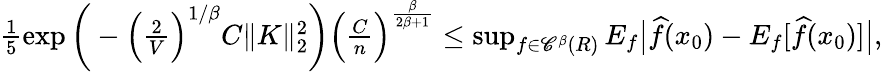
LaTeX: \begin{array}{r}{\frac 15\exp\bigg(-\Big(\frac 2V\Big)^{1/\beta}C\| K\| _{2}^{2}\bigg)\Big(\frac{C}{n}\Big)^{\frac{\beta}{2\beta+1}}\leq\operatorname*{sup}_{f\in{\mathscr C}^{\beta}(R)}E_{f}\big|\widehat f(x_{0})-E_{f}[\widehat f(x_{0})]\big|,}\end{array}